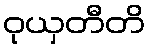
ဝုယှတီတိ